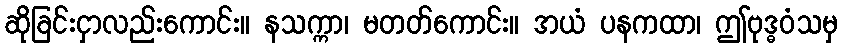
ဆိုခြင်းငှာလည်းကောင်း။ နသက္ကာ၊ မတတ်ကောင်း။ အယံ ပနကထာ၊ ဤဗုဒ္ဓဝံသမှ